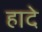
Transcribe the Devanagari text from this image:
हादे